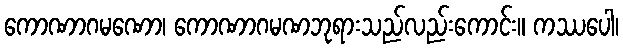
ကောဏာဂမဏော၊ ကောဏာဂမဏဘုရားသည်လည်းကောင်း။ ကဿပေါ၊